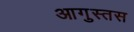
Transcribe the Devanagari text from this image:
आगुस्तस